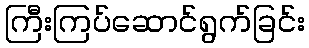
ကြီးကြပ်ဆောင်ရွက်ခြင်း